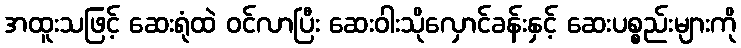
အထူးသဖြင့် ဆေးရုံထဲ ဝင်လာပြီး ဆေးဝါးသိုလှောင်ခန်းနှင့် ဆေးပစ္စည်းများကို